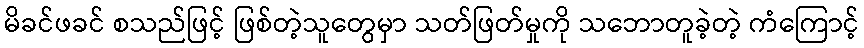
မိခင်ဖခင် စသည်ဖြင့် ဖြစ်တဲ့သူတွေမှာ သတ်ဖြတ်မှုကို သဘောတူခဲ့တဲ့ ကံကြောင့်